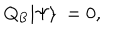
Q _ { \mathrm { B } } | \Psi \rangle \ = 0 ,